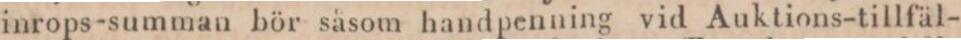
inrops-summan bör såsom handpenning vid Auktions-tillfäl-